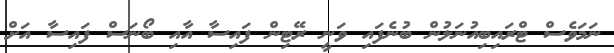
ނަމަވެސް ޓްރައިބިއުނަލުން ބުނެފައި ވަނީ ރޭޓިން ފައިސާ އާއި ބޯނަސް ފައިސާ އަށް